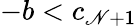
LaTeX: -b<c_{\mathscr{N}+1}